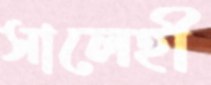
সালেহী